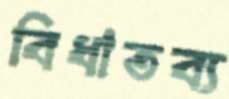
বিধাতব্য